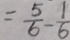
= \frac { 5 } { 6 } - \frac { 1 } { 6 }